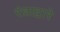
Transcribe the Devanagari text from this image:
रंध्राद्वारे